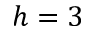
h = 3